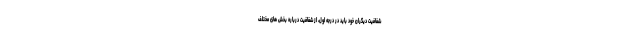
شفافیت دیگران خود باید در درجه اول، از شفافیت درباره بخش های مختلف